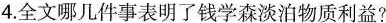
4.全文哪几件事表明了钱学森淡泊物质利益?